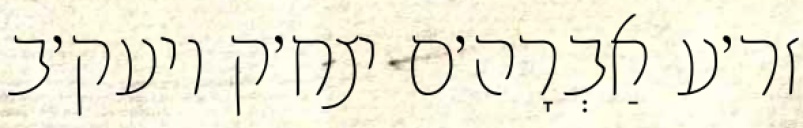
זר׳ע אַבְרָה׳ם יצח׳ק ויעק׳ב